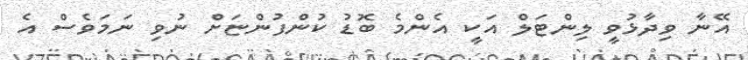
އޭނާ ވިދާޅުވީ ލިންޓަލް އަކީ އެންމެ ބޮޑު ކުންފުންޏަށް ނުވި ނަމަވެސް އެ